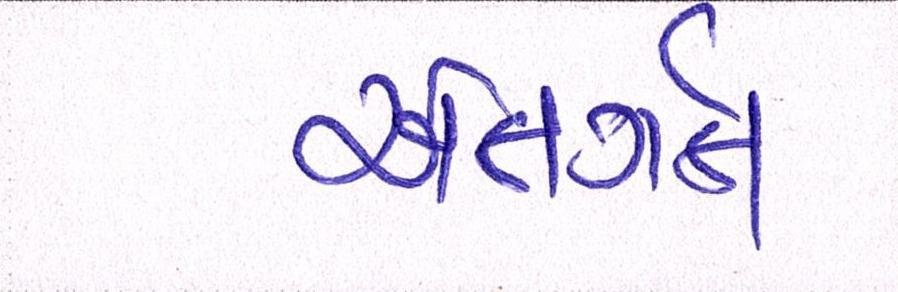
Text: અંતગૅત